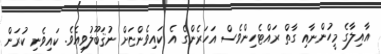
އާއިލާގެ މީހުންނާއި ގާތް ރައްޓެހިންވެސް އަހަރެންގެ އެ ކައިވެންޏަށް ނުޤަބޫލުވިއެވެ. ކައިވެނި ކުރަން